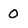
Character: 0